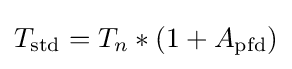
T_{\text{std}}=T_{n}*(1+A_{\text{pfd}})